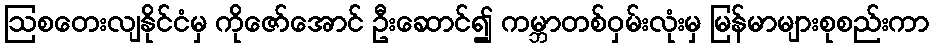
ဩစတေးလျနိုင်ငံမှ ကိုဇော်အောင် ဦးဆောင်၍ ကမ္ဘာတစ်ဝှမ်းလုံးမှ မြန်မာများစုစည်းကာ